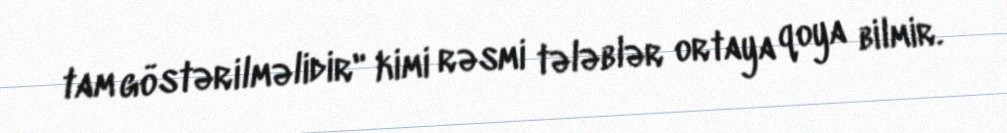
tam göstərilməlidir" kimi rəsmi tələblər ortaya qoya bilmir.